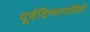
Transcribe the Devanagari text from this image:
पूर्वदिग्भागादितो